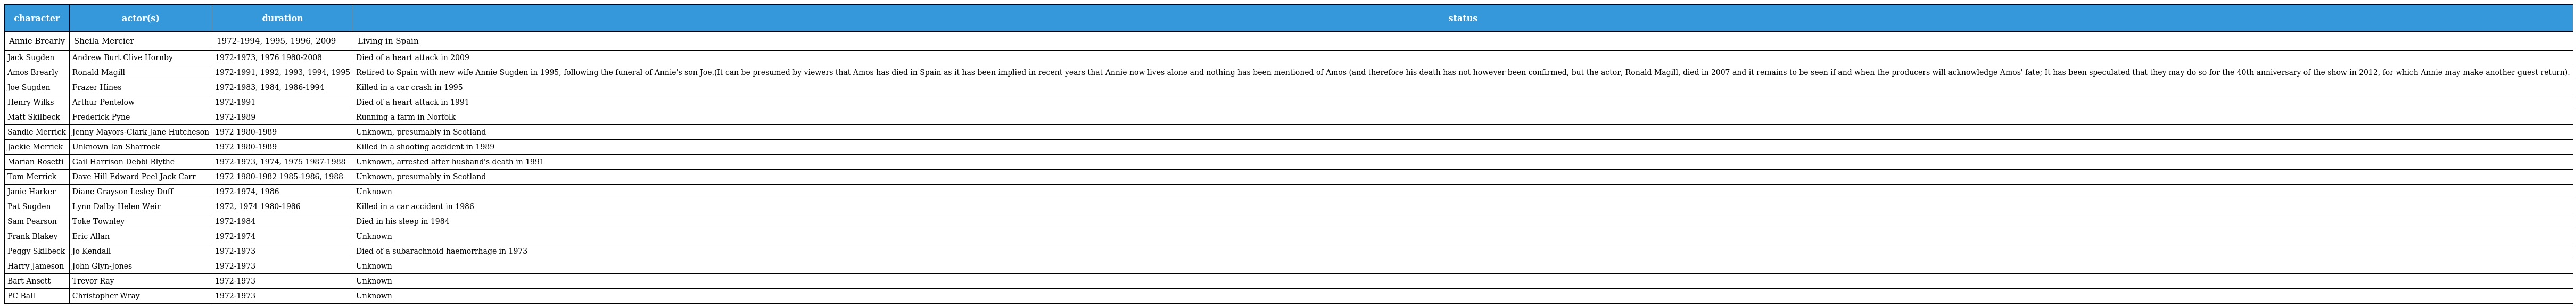
| character | actor(s) | duration | status |
 | --- | --- | --- | --- |
 | Annie Brearly | Sheila Mercier | 1972-1994, 1995, 1996, 2009 | Living in Spain |
 | Jack Sugden | Andrew Burt Clive Hornby | 1972-1973, 1976 1980-2008 | Died of a heart attack in 2009 |
 | Amos Brearly | Ronald Magill | 1972-1991, 1992, 1993, 1994, 1995 | Retired to Spain with new wife Annie Sugden in 1995, following the funeral of Annie's son Joe.(It can be presumed by viewers that Amos has died in Spain as it has been implied in recent years that Annie now lives alone and nothing has been mentioned of Amos (and therefore his death has not however been confirmed, but the actor, Ronald Magill, died in 2007 and it remains to be seen if and when the producers will acknowledge Amos' fate; It has been speculated that they may do so for the 40th anniversary of the show in 2012, for which Annie may make another guest return). |
 | Joe Sugden | Frazer Hines | 1972-1983, 1984, 1986-1994 | Killed in a car crash in 1995 |
 | Henry Wilks | Arthur Pentelow | 1972-1991 | Died of a heart attack in 1991 |
 | Matt Skilbeck | Frederick Pyne | 1972-1989 | Running a farm in Norfolk |
 | Sandie Merrick | Jenny Mayors-Clark Jane Hutcheson | 1972 1980-1989 | Unknown, presumably in Scotland |
 | Jackie Merrick | Unknown Ian Sharrock | 1972 1980-1989 | Killed in a shooting accident in 1989 |
 | Marian Rosetti | Gail Harrison Debbi Blythe | 1972-1973, 1974, 1975 1987-1988 | Unknown, arrested after husband's death in 1991 |
 | Tom Merrick | Dave Hill Edward Peel Jack Carr | 1972 1980-1982 1985-1986, 1988 | Unknown, presumably in Scotland |
 | Janie Harker | Diane Grayson Lesley Duff | 1972-1974, 1986 | Unknown |
 | Pat Sugden | Lynn Dalby Helen Weir | 1972, 1974 1980-1986 | Killed in a car accident in 1986 |
 | Sam Pearson | Toke Townley | 1972-1984 | Died in his sleep in 1984 |
 | Frank Blakey | Eric Allan | 1972-1974 | Unknown |
 | Peggy Skilbeck | Jo Kendall | 1972-1973 | Died of a subarachnoid haemorrhage in 1973 |
 | Harry Jameson | John Glyn-Jones | 1972-1973 | Unknown |
 | Bart Ansett | Trevor Ray | 1972-1973 | Unknown |
 | PC Ball | Christopher Wray | 1972-1973 | Unknown |